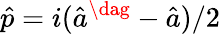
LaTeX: \hat{p}=i(\hat{a}^{\dag}-\hat{a})/2